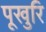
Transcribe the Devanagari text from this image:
पूखुरि